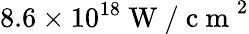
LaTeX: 8.6\times 10^{18}\mathrm{~W~/~c~m~}^{2}